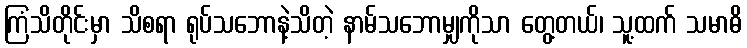
ကြံသိတိုင်းမှာ သိစရာ ရုပ်သဘောနဲ့သိတဲ့ နာမ်သဘောမျှကိုသာ တွေ့တယ်၊ သူ့ထက် သမာဓိ